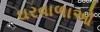
ઘરવાળાઓ